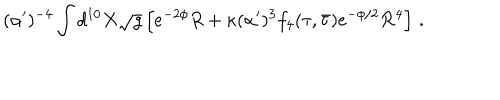
( \alpha ^ { \prime } ) ^ { - 4 } \int d ^ { 1 0 } X \sqrt { g } \left[ e ^ { - 2 \phi } R + \kappa ( \alpha ^ { \prime } ) ^ { 3 } f _ { 4 } ( \tau , \bar { \tau } ) e ^ { - \phi / 2 } { \cal R } ^ { 4 } \right] \, .